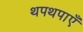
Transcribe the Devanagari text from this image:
थपथपाएँ